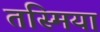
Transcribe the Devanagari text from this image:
तस्मिया